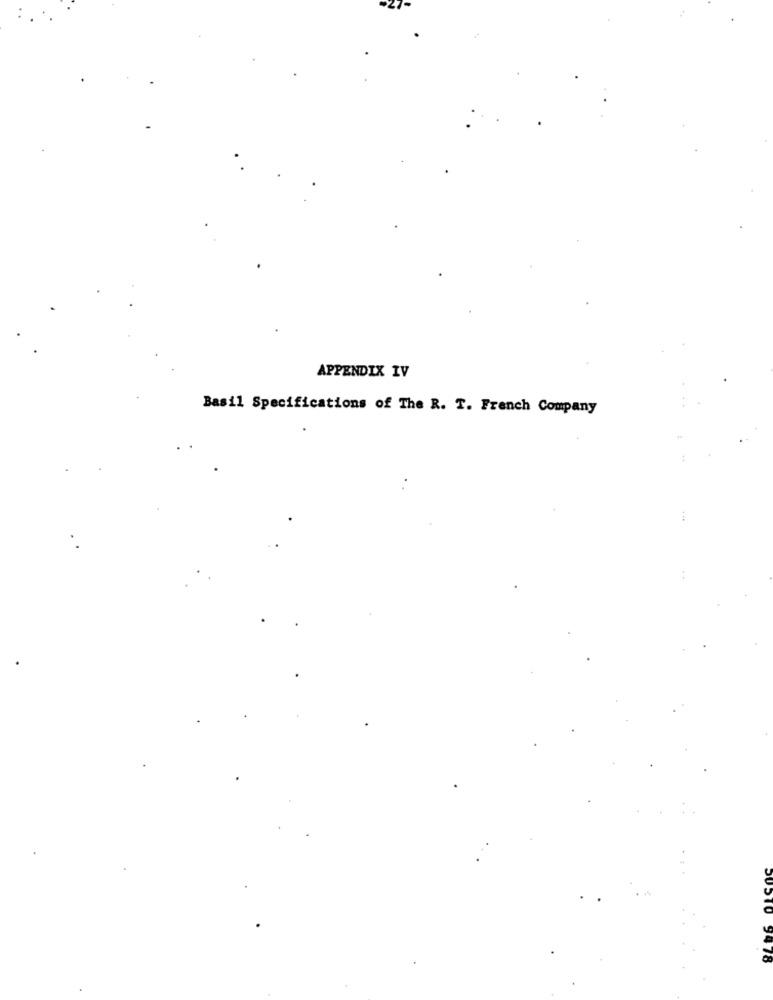
APPENDIX IV
Basil Specifications of The R. T. French Company
20510 9478